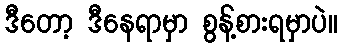
ဒီတော့ ဒီနေရာမှာ စွန့်စားရမှာပဲ။